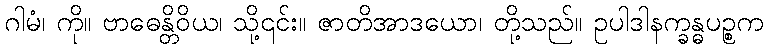
ဂါမံ၊ ကို။ ဗာဓေန္တိဝိယ၊ သို့၎င်း။ ဇာတိအာဒယော၊ တို့သည်။ ဥပါဒါနက္ခန္ဓပဉ္စက